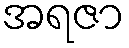
အရဇာ